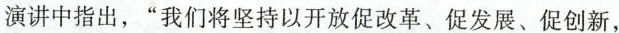
演讲中指出，”我们将坚持以开放促改革、促发展、促创新，